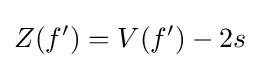
Z(f')=V(f')-2s